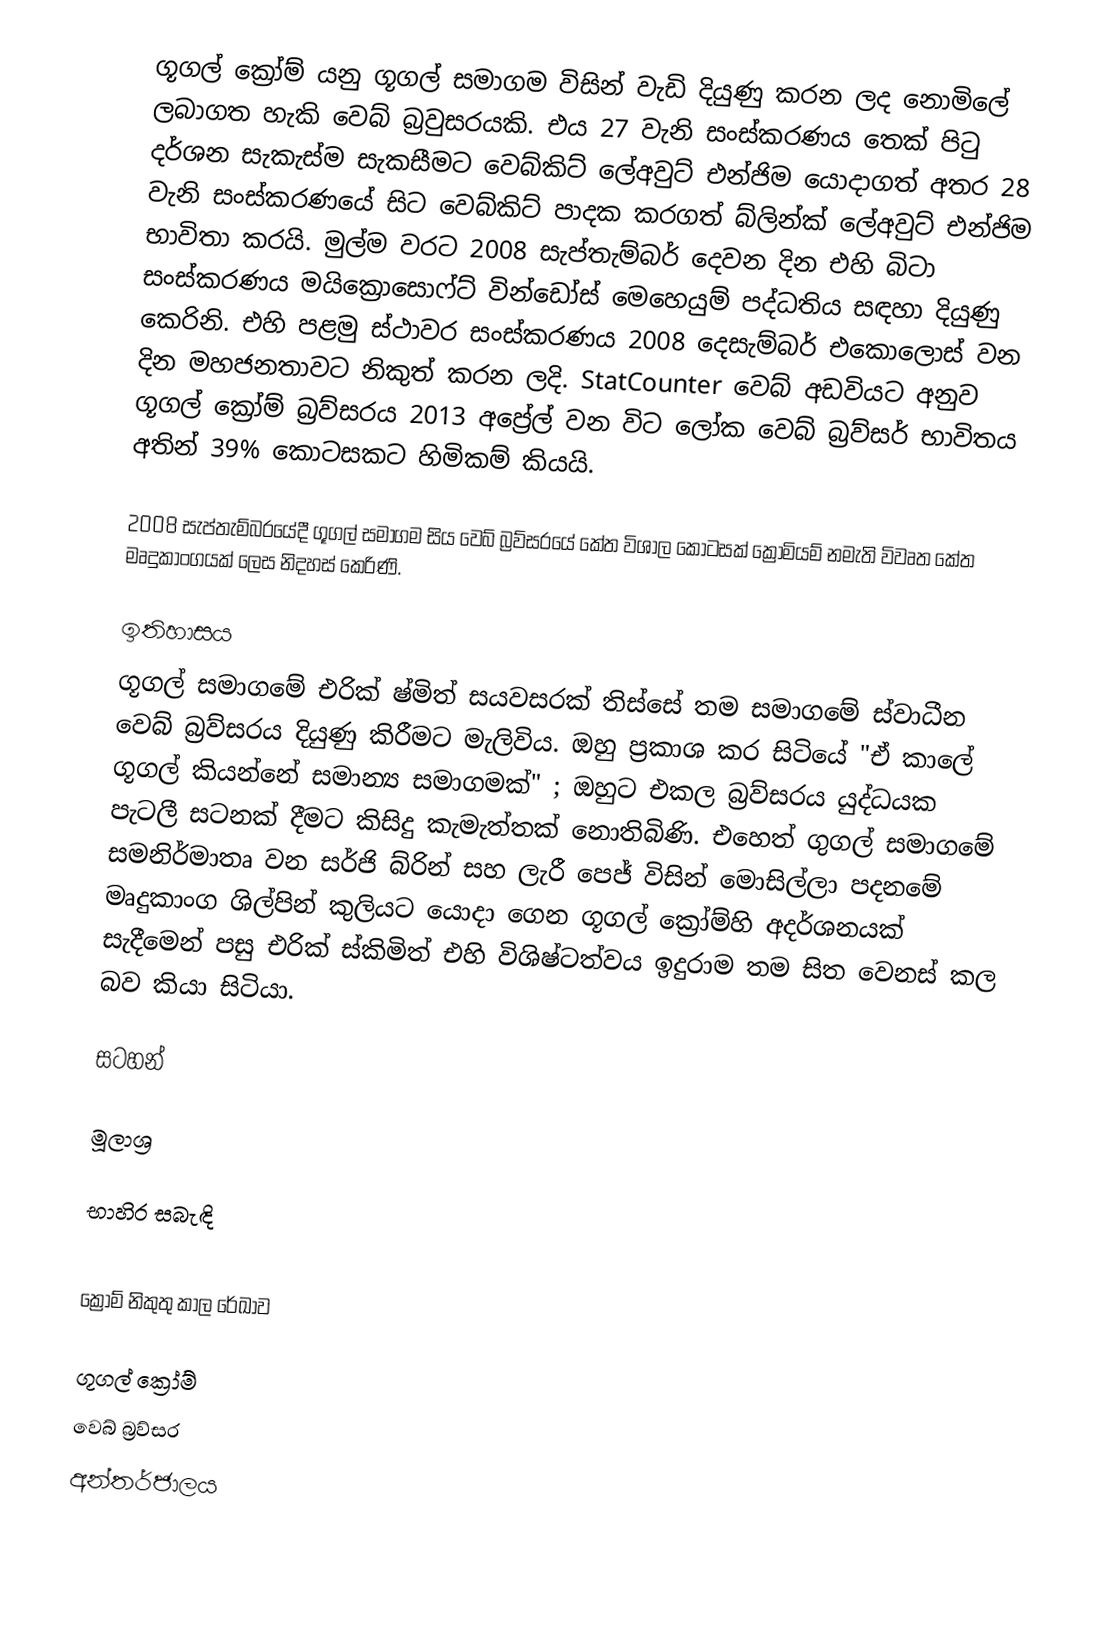
ගූගල් ක්‍රෝම් යනු ගූගල් සමාගම විසින් වැඩි දියුණු කරන ලද නොමිලේ ලබාගත හැකි වෙබ් බ්‍රවුසරයකි. එය 27 වැනි සංස්කරණය තෙක් පිටු දර්ශන සැකැස්ම සැකසීමට වෙබ්කිට් ලේඅවුට් එන්ජිම යොදාගත් අතර 28 වැනි සංස්කරණයේ සිට වෙබ්කිට් පාදක කරගත් බ්ලින්ක් ලේඅවුට් එන්ජිම භාවිතා කරයි. මුල්ම වරට 2008 සැප්තැම්බර් දෙවන දින එහි බිටා සංස්කරණය මයික්‍රොසොෆ්ට් වින්ඩෝස් මෙහෙයුම් පද්ධතිය සඳහා දියුණු කෙරිනි. එහි පළමු ස්ථාවර සංස්කරණය 2008 දෙසැම්බර් එකොලොස් වන දින මහජනතාවට නිකුත් කරන ලදි. StatCounter වෙබ් අඩවියට අනුව ගූගල් ක්‍රෝම් බ්‍රව්සරය 2013 අප්‍රේල් වන විට ලෝක වෙබ් බ්‍රව්සර් භාවිතය අතින් 39% කොටසකට හිමිකම් කියයි.

2008 සැප්තැම්බරයේදී ගූගල් සමාගම සිය වෙබ් බ්‍රව්සරයේ කේත විශාල කොටසක් ක්‍රෝමියම් නමැති විවෘත කේත මෘදුකාංගයක් ලෙස නිදහස් කෙරිණි.

ඉතිහාසය
ගූගල් සමාගමේ එරික් ෂ්මිත් සයවසරක් තිස්සේ තම සමාගමේ ස්වාධීන වෙබ් බ්‍රව්සරය දියුණු කිරීමට මැලිවිය. ඔහු ප්‍රකාශ කර සිටියේ "ඒ කාලේ ගූගල් කියන්නේ සමාන්‍ය සමාගමක්" ; ඔහුට එකල බ්‍රව්සරය යුද්ධයක පැටලී සටනක් දීමට කිසිදු කැමැත්තක් නොතිබිණි. එහෙත් ගුගල් සමාගමේ සමනිර්මාතෘ වන සර්ජි බ්රින් සහ ලැරී පෙජ් විසින් මොසිල්ලා පදනමේ මෘදුකාංග ශිල්පින් කුලියට යොදා ගෙන ගූගල් ක්‍රෝම්හි අදර්ශනයක් සැදීමෙන් පසු එරික් ස්කිමිත් එහි විශිෂ්ටත්වය ඉදුරාම තම සිත වෙනස් කල බව කියා සිටියා.

සටහන්

මූලාශ්‍ර

භාහිර සබැඳි

 ක්‍රෝම් නිකුතු කාල රේඛාව

ගූගල් ක්‍රෝම්
වෙබ් බ්‍රව්සර
අන්තර්ජාලය